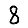
Digit: 8